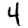
Digit: 4